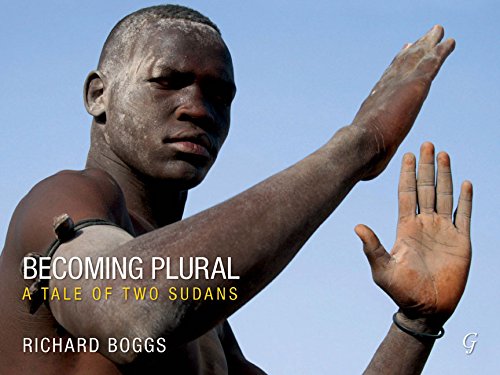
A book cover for Becoming Plural: A Tale of Two Sudans; Richard Boggs; Travel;